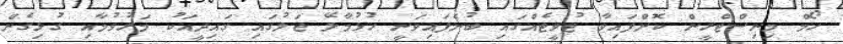
ހޯމް މިނިސްޓްރީން ކޮށްފައިވާ ޓުވީޓެއްގައި ބުނެފައިވަނީ ހުޅުމާލޭ ޖަލުގައި ގައިދީއަކު މަރުވުމާއި ގުޅިގެން